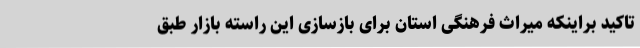
تاکید براینکه میراث فرهنگی استان برای بازسازی این راسته بازار طبق